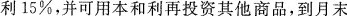
利15%，并可用本和利再投资其他商品，到月末